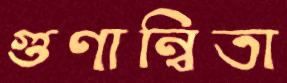
গুণান্বিতা